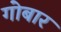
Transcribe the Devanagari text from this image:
गोबार